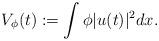
LaTeX: \begin{align*}V_\phi(t):= \int \phi |u(t)|^2 dx.\end{align*}